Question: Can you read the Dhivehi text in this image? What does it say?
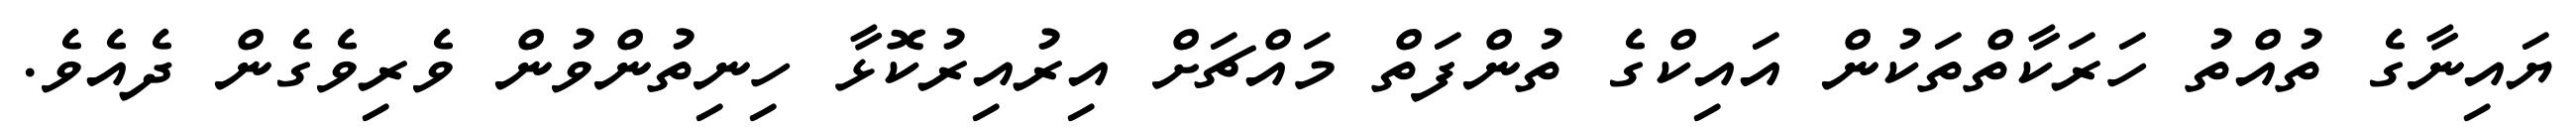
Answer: ޔައިނާގެ ތުއްތު ހަރަކާތްތަކުން އައިކްގެ ތުންފަތް މައްޗަށް އިރުއިރުކޮޅާ ހިނިތުންވުން ވެރިވެގެން ދެއެވެ.